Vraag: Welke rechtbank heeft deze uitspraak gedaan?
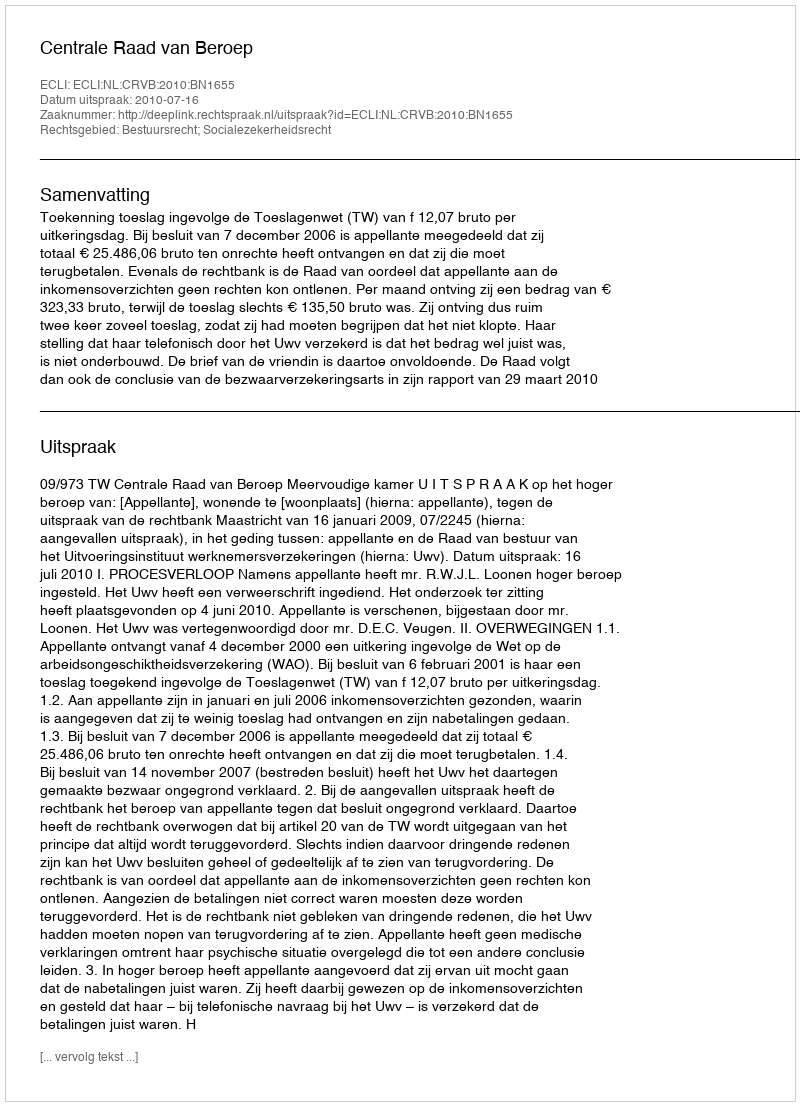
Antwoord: Centrale Raad van Beroep